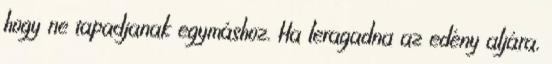
hogy ne tapadjanak egymáshoz. Ha leragadna az edény aljára,